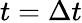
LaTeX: t=\Delta t